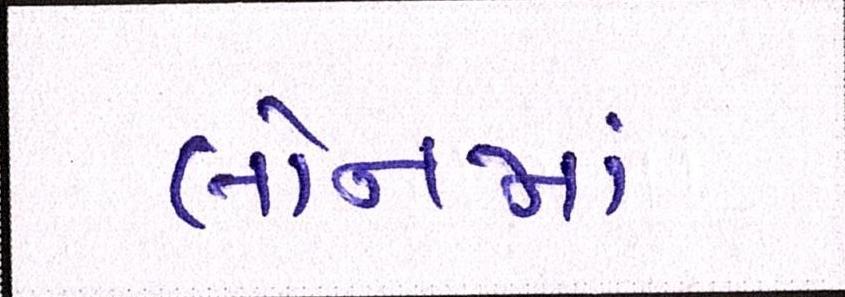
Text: લોનમાં